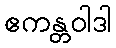
ဧကန္တဝါဒါ